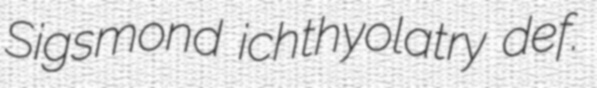
Sigsmond ichthyolatry def.